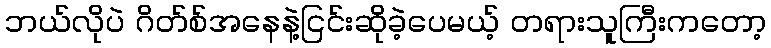
ဘယ်လိုပဲ ဂိတ်စ်အနေနဲ့ငြင်းဆိုခဲ့ပေမယ့် တရားသူကြီးကတော့